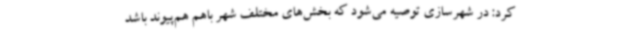
کرد: در شهرسازی توصیه می‌شود که بخش‌های مختلف شهر باهم هم‌پیوند باشد